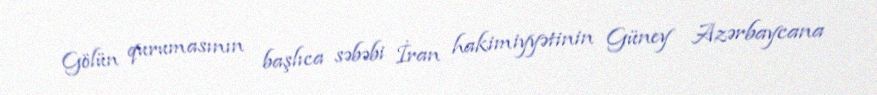
Gölün qurumasının başlıca səbəbi İran hakimiyyətinin Güney Azərbaycana